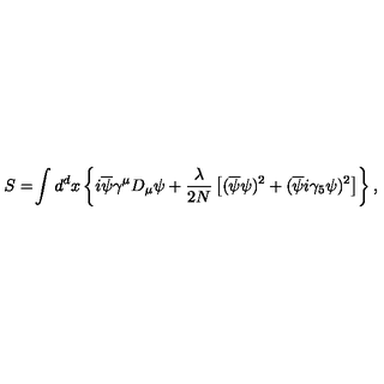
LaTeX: S = \! \int d ^ { d } x \left\{ i \overline { { \psi } } \gamma ^ { \mu } D _ { \mu } \psi + { \frac { \lambda } { 2 N } } \left[ ( \overline { { \psi } } \psi ) ^ { 2 } + ( \overline { { \psi } } i \gamma _ { 5 } \psi ) ^ { 2 } \right] \right\} ,